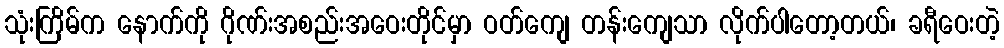
သုံးကြိမ်က နောက်ကို ဂိုဏ်းအစည်းအဝေးတိုင်မှာ ဝတ်ကျေ တန်းကျေသာ လိုက်ပါတော့တယ်၊ ခရီဝေးတဲ့